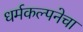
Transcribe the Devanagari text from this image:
धर्मकल्पनेचा